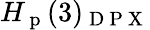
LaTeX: H_{\mathrm{~p~}}(3)_{\mathrm{~D~P~X~}}